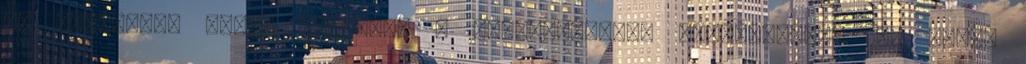
ki igazságot ítél, dicsérik a bölcsességben győzedelmest 18. Földi